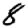
Digit: 8